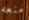
منعه